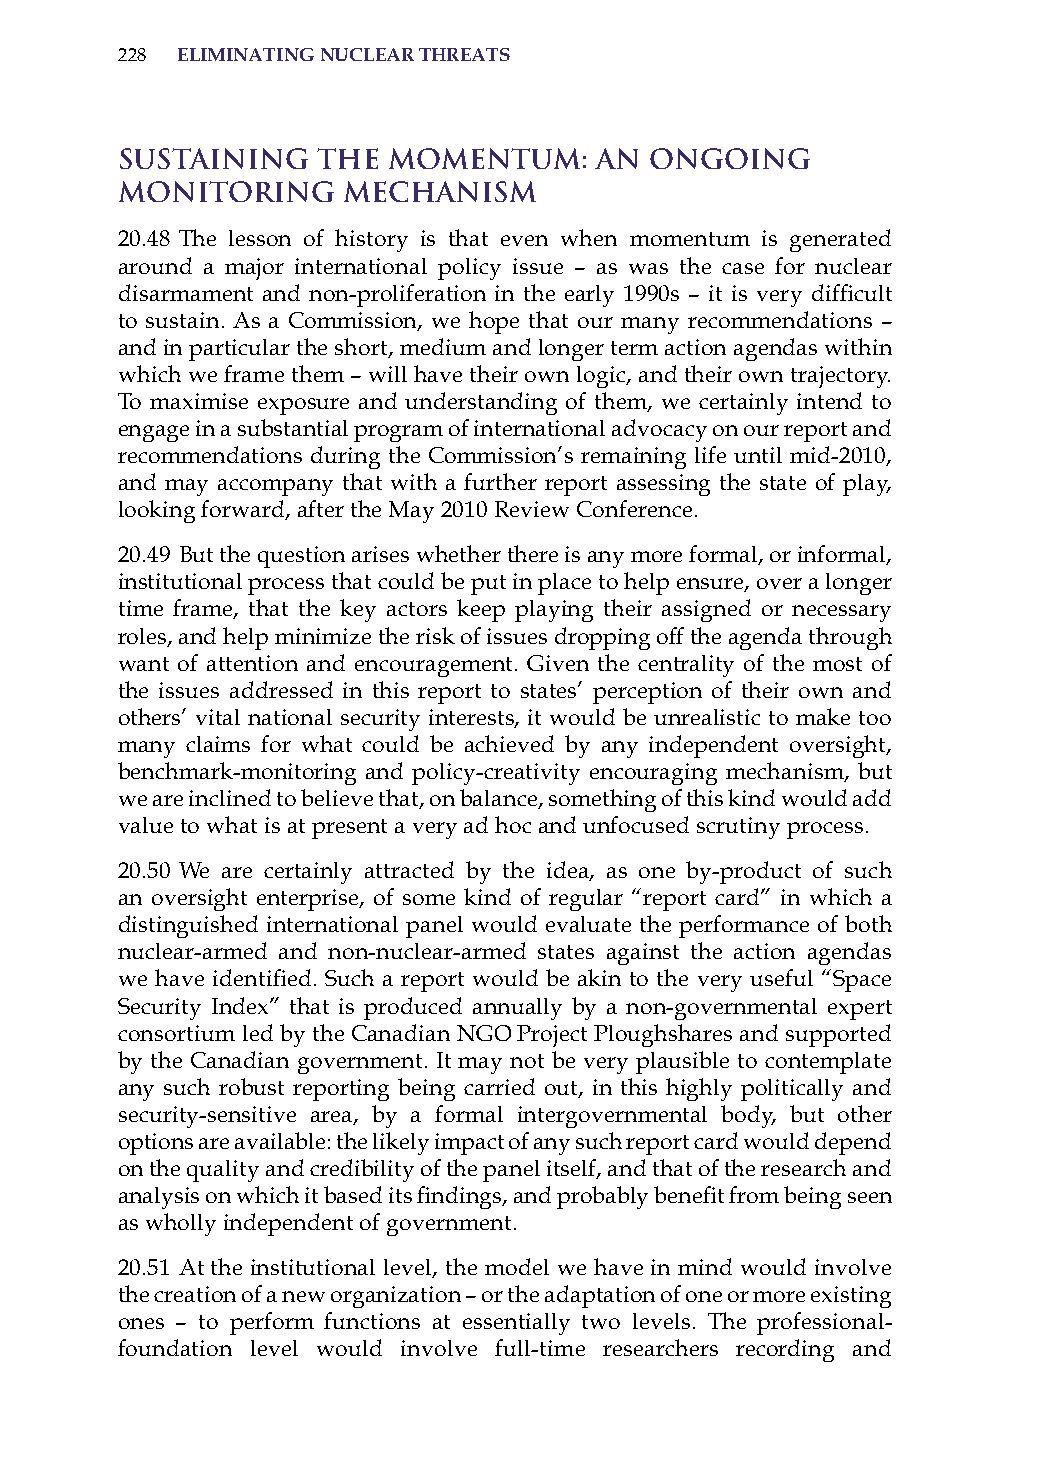
228 eliminatinG nuclear threats
 Sustaining   the  Momentum:     An Ongoing
 Monitoring     Mechanism
 20.48 The lesson of history is that even when momentum is generated
 around a major international policy issue – as was the case for nuclear
 disarmament and non-proliferation in the early 1990s – it is very difficult
 to sustain. as a Commission, we hope that our many recommendations –
 and in particular the short, medium and longer term action agendas within
 which we frame them – will have their own logic, and their own trajectory.
 To maximise exposure and understanding of them, we certainly intend to
 engage in a substantial program of international advocacy on our report and
 recommendations during the Commission’s remaining life until mid-2010,
 and may accompany that with a further report assessing the state of play,
 looking forward, after the May 2010 review Conference.
 20.49 But the question arises whether there is any more formal, or informal,
 institutional process that could be put in place to help ensure, over a longer
 time frame, that the key actors keep playing their assigned or necessary
 roles, and help minimize the risk of issues dropping off the agenda through
 want of attention and encouragement. Given the centrality of the most of
 the issues addressed in this report to states’ perception of their own and
 others’ vital national security interests, it would be unrealistic to make too
 many claims for what could be achieved by any independent oversight,
 benchmark-monitoring and policy-creativity encouraging mechanism, but
 we are inclined to believe that, on balance, something of this kind would add
 value to what is at present a very ad hoc and unfocused scrutiny process.
 20.50 We are certainly attracted by the idea, as one by-product of such
 an oversight enterprise, of some kind of regular “report card” in which a
 distinguished international panel would evaluate the performance of both
 nuclear-armed and non-nuclear-armed states against the action agendas
 we have identified. Such a report would be akin to the very useful “Space
 security index” that is produced annually by a non-governmental expert
 consortium led by the Canadian NGo Project Ploughshares and supported
 by the Canadian government. it may not be very plausible to contemplate
 any such robust reporting being carried out, in this highly politically and
 security-sensitive area, by a formal intergovernmental body, but other
 options are available: the likely impact of any such report card would depend
 on the quality and credibility of the panel itself, and that of the research and
 analysis on which it based its findings, and probably benefit from being seen
 as wholly independent of government.
 20.51 at the institutional level, the model we have in mind would involve
 the creation of a new organization – or the adaptation of one or more existing
 ones – to perform functions at essentially two levels. The professional-
 foundation level would involve full-time researchers recording and